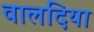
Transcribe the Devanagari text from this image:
वालदिया